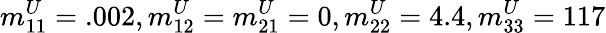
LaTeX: {m_{11}^{U}}=.002,{m_{12}^{U}}={m_{21}^{U}}=0,{m_{22}^{U}}=4.4,{m_{33}^{U}}=117